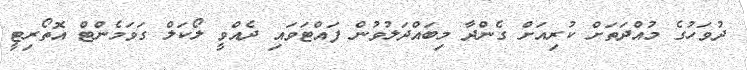
ދުވަހުގެ މުއްދަތަށް ކުރިއަށް ގެންދާ މިބައްދަލުވުން ފައްޓަވައި ދެއްވީ ލޯކަލް ގަވަމެންޓް އޮތޯރިޓީ